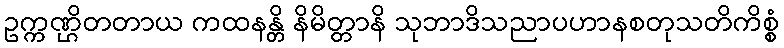
ဥက္ကဏ္ဌိတတာယ ကထနန္တိ နိမိတ္တာနိ သုဘာဒိသညာပဟာနစတုသတိကိစ္စံ